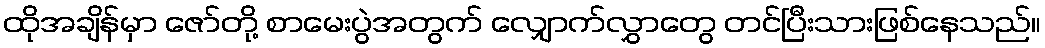
ထိုအချိန်မှာ ဇော်တို့ စာမေးပွဲအတွက် လျှောက်လွှာတွေ တင်ပြီးသားဖြစ်နေသည်။